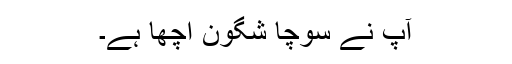
آپ نے سوچا شگون اچھا ہے۔